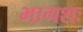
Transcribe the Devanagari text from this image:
भागशः